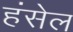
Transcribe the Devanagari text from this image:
हंसेल